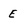
Character: E